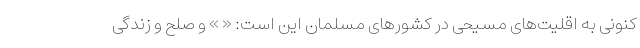
کنونی به اقلیت‌های مسیحی در کشورهای مسلمان این است: « » و صلح و زندگی